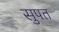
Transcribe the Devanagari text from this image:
सुपत